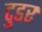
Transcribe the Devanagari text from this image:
टुडर